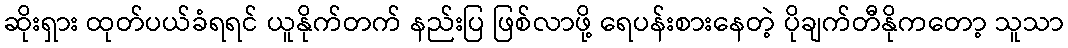
ဆိုးရှား ထုတ်ပယ်ခံရရင် ယူနိုက်တက် နည်းပြ ဖြစ်လာဖို့ ရေပန်းစားနေတဲ့ ပိုချက်တီနိုကတော့ သူသာ